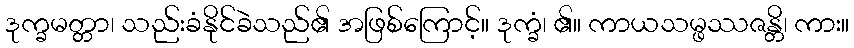
ဒုက္ခမတ္တာ၊ သည်းခံနိုင်ခဲသည်၏ အဖြစ်ကြောင့်။ ဒုက္ခံ၊ ၏။ ကာယသမ္ဖဿဇန္တိ၊ ကား။